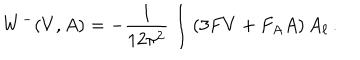
LaTeX: W ^ { - } ( V , A ) = - \frac { 1 } { 1 2 \pi ^ { 2 } } \int \left( 3 F V + F _ { A } A \right) A _ { \ell } \, .